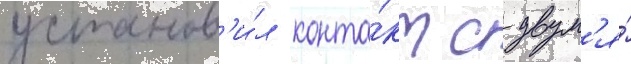
установ'и́л конта́кт с двум'я́